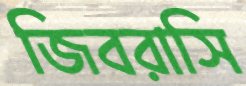
জিবরাসি